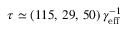
\tau \simeq ( 1 1 5 , \, 2 9 , \, 5 0 ) \, \gamma _ { \mathrm { e f f } } ^ { - 1 }